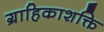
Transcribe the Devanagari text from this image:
ग्राहिकाशक्ति